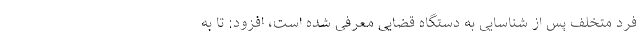
فرد متخلف پس از شناسایی به دستگاه قضایی معرفی شده است، افزود: تا به